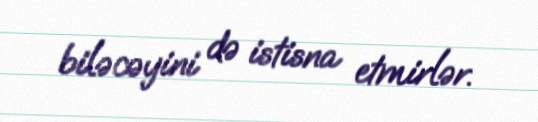
biləcəyini də istisna etmirlər.